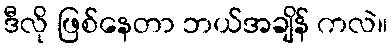
ဒီလို ဖြစ်နေတာ ဘယ်အချိန် ကလဲ။